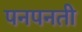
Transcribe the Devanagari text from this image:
पनपनती